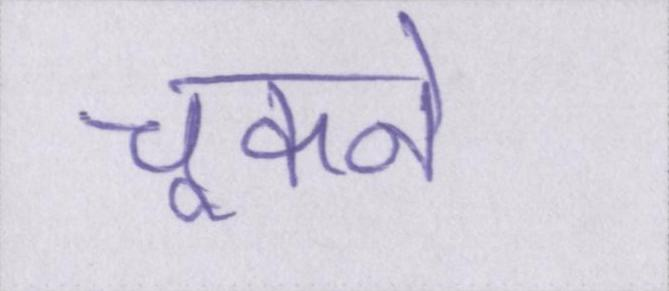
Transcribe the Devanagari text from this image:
चूकने